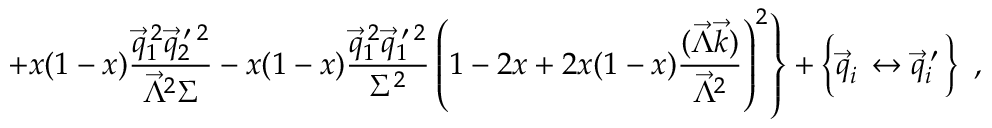
\left. + x ( 1 - x ) \frac { \vec { q } _ { 1 } ^ { \: 2 } \vec { q } _ { 2 } ^ { \: \prime \: 2 } } { \vec { \Lambda } ^ { 2 } \Sigma } - x ( 1 - x ) \frac { \vec { q } _ { 1 } ^ { \: 2 } \vec { q } _ { 1 } ^ { \: \prime \: 2 } } { \Sigma ^ { 2 } } \left( 1 - 2 x + 2 x ( 1 - x ) \frac { ( \vec { \Lambda } \vec { k } ) } { \vec { \Lambda } ^ { 2 } } \right) ^ { 2 } \right\} + \left\{ \vec { q } _ { i } ^ { ~ } \leftrightarrow \vec { q } _ { i } ^ { \: \prime } \phantom { \frac { . } { . } } \! \! \right\} ~ ,